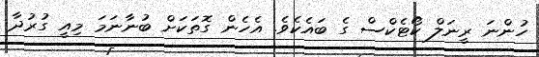
ހުންނަ ރީނަލް ކޯޓެކްސް ގެ ބައެކެވެ. އެހެން ގޮތަކަށް ބުނާނަމަ މިއީ ގުރުދާ